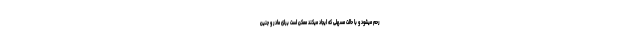
رحم میشود و با حالت مسهلی که ایجاد میکند ممکن است برای مادر و جنین